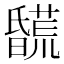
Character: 𣋯